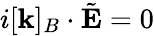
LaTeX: i[\mathbf{k}]_{B}\cdot\tilde{\mathbf{E}}=0